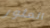
العثور